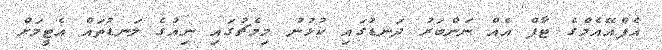
އެފްއޭއެމްގެ ޓާފް އެއް ނަންބަރު ދަނޑުގައި ކުޅުނު މިމެޗުގައި ނިއުގެ ލަނޑުތައް އެޓީމަށް